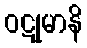
ဝဋုမာနိ